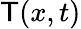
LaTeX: \mathsf{T}(x,t)